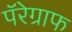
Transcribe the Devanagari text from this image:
पॅरेग्राफ